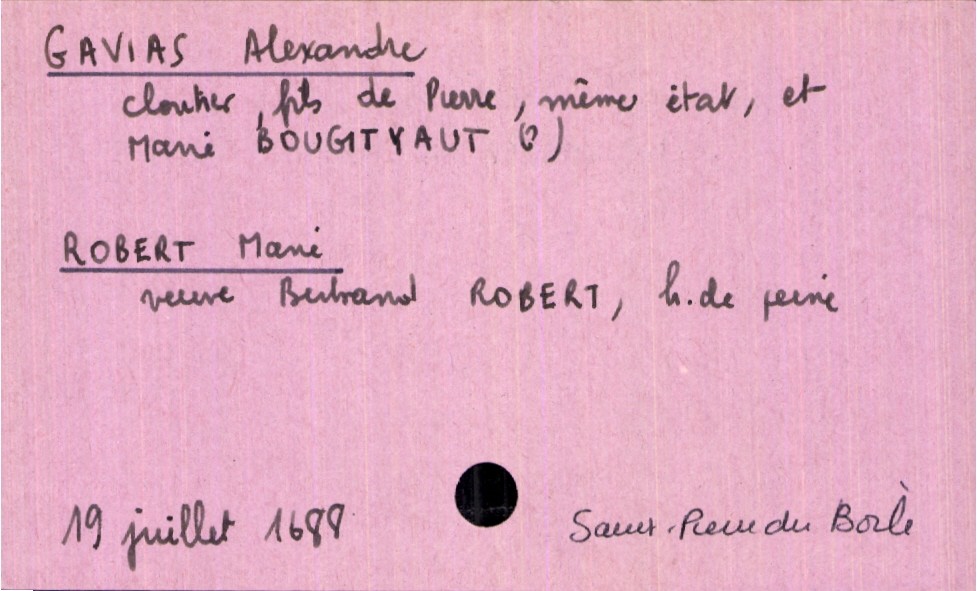
type_acte: Mariage
année: 1688
mois: juillet
jour: 19
paroisse: Saint Pierre du Boile
marié_nom: Gavias
marié_prénom: Alexandre
marié_profession: cloutier
père_marié_nom: Gavias
père_marié_prénom: Pierre
père_marié_profession: cloutier
mère_marié_nom: Bougityaut
mère_marié_prénom: Marie
mariée_nom: Robert
mariée_prénom: Marie
mariée_statut: veuve